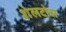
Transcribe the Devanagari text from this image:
शेलटोस